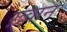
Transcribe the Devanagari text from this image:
ख़्वान